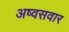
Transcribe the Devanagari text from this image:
अष्वसवार